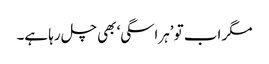
مگر اب تو ’ہراسگی‘ بھی چل رہا ہے۔